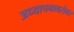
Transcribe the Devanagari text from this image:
अध्यापनाबरोबर